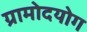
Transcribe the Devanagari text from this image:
ग्रामोदयोग